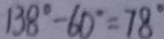
1 3 8 ^ { \circ } - 6 0 ^ { \circ } = 7 8 ^ { \circ }